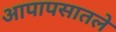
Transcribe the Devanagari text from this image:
आपापसातले